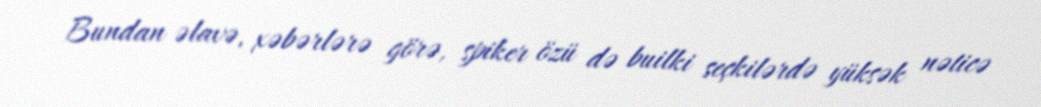
Bundan əlavə, xəbərlərə görə, spiker özü də builki seçkilərdə yüksək nəticə